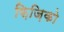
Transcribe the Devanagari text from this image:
फ़िज़िको